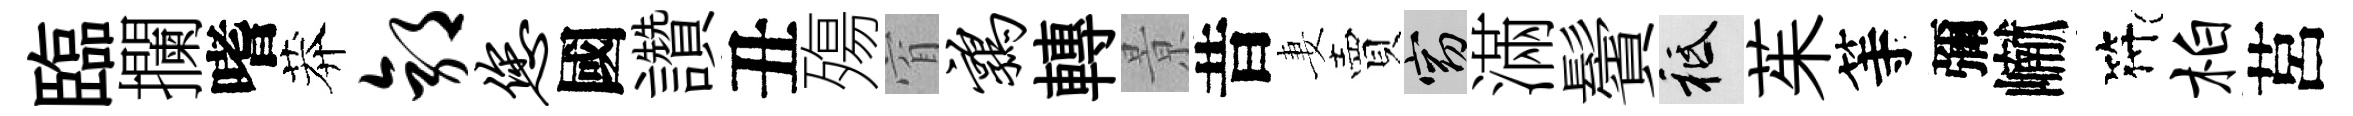
臨攔嗜莽郭您國讚丑殤窅鹑轉㬌昔妻賣窈滿鬢祇茱等彌𪩘符柏莒